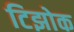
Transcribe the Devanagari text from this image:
टिझोक